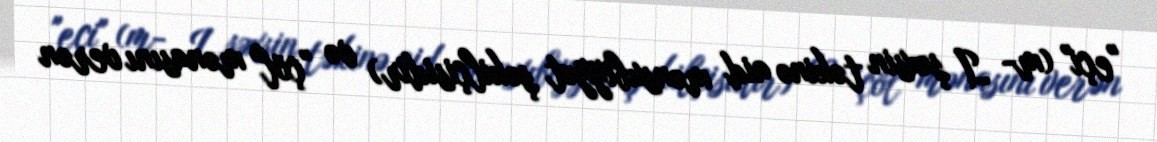
"eçi" (m- I şəxsin təkinə aid mənsubiyyət şəkilçisidir) və "çöl" mənasını verən